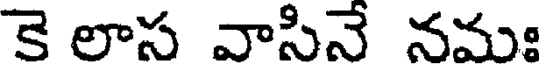
కె లాస వాసినే నమః